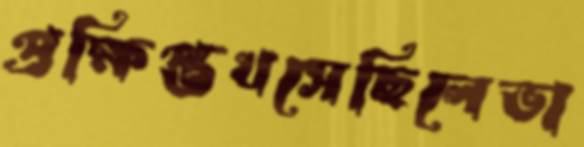
প্রক্ষিপ্তখসেছিলেভা